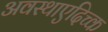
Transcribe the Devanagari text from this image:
अवस्थाएदिच्क